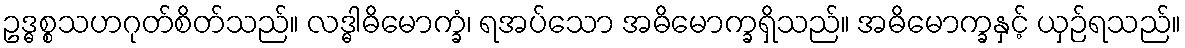
ဥဒ္ဓစ္စသဟဂုတ်စိတ်သည်။ လဒ္ဓါဓိမောက္ခံ၊ ရအပ်သော အဓိမောက္ခရှိသည်။ အဓိမောက္ခနှင့် ယှဉ်ရသည်။